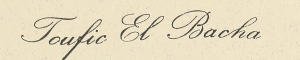
Toufic El Bacha